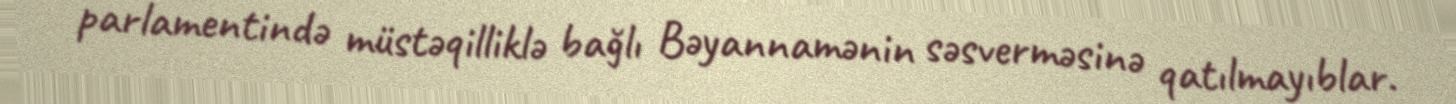
parlamentində müstəqilliklə bağlı Bəyannamənin səsverməsinə qatılmayıblar.